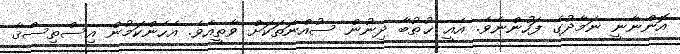
އޮންނާނީ ނަމާދުގެ ފަހުންނެވެ. އެއީ ޚުޠުބާ ދިނުން ސުއްނަތަކަށް ވާތީއެވެ. އެހެންކަމުން އިސްތިސްޤާ